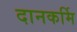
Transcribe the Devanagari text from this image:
दानकर्मि